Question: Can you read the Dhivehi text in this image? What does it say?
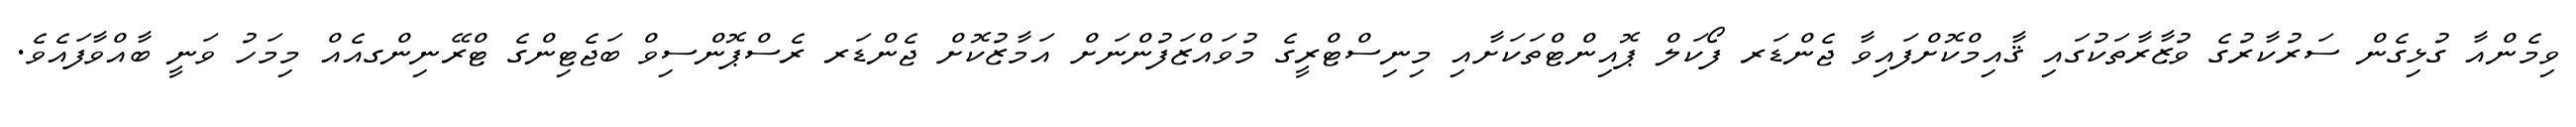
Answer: ވިމެންއާ ގުޅިގެން ސަރުކާރުގެ ވުޒާރާތަކުގައި ޤާއިމްކޮށްފައިވާ ޖެންޑަރ ފޯކަލް ޕޮއިންޓްތަކަށާއި މިނިސްޓްރީގެ މުވައްޒަފުންނަށް އަމާޒުކޮށް ޖެންޑަރ ރެސްޕޮންސިވް ބަޖެޓިންގެ ޓްރޭނިންގއެއް މިމަހު ވަނީ ބާއްވާފައެވެ.